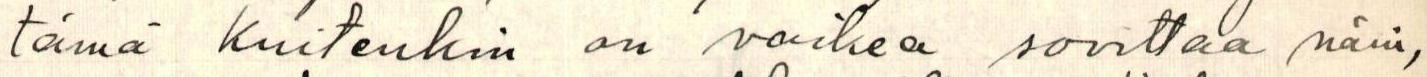
tämä kuitenkin on vaikea sovittaa näin,